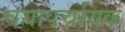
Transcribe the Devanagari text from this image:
चयापचयिक